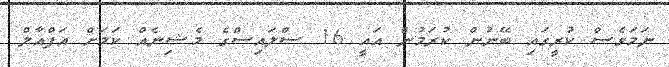
ނަމަވެސް ކުރީގައި ބޭނުން ކުރަމުން އައީ 16 ސްލައިސްގެ މެޝިނެއް ކަމަށް އަފްއާލް